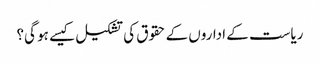
ریاست کے اداروں کے حقوق کی تشکیل کیسے ہو گی؟